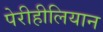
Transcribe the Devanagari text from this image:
पेरीहीलियान